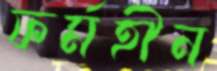
ফর্মহীন